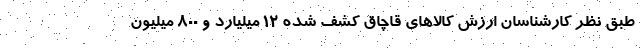
طبق نظر کارشناسان ارزش کالاهای قاچاق کشف شده ۱۲ میلیارد و ۸۰۰ میلیون